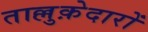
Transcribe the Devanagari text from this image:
ताल्लुक़ेदारों